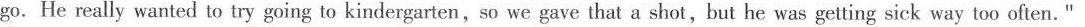
go. He really wanted to try going to Kindergarten,so we gave that a shot ,but he was getting sick way too often."